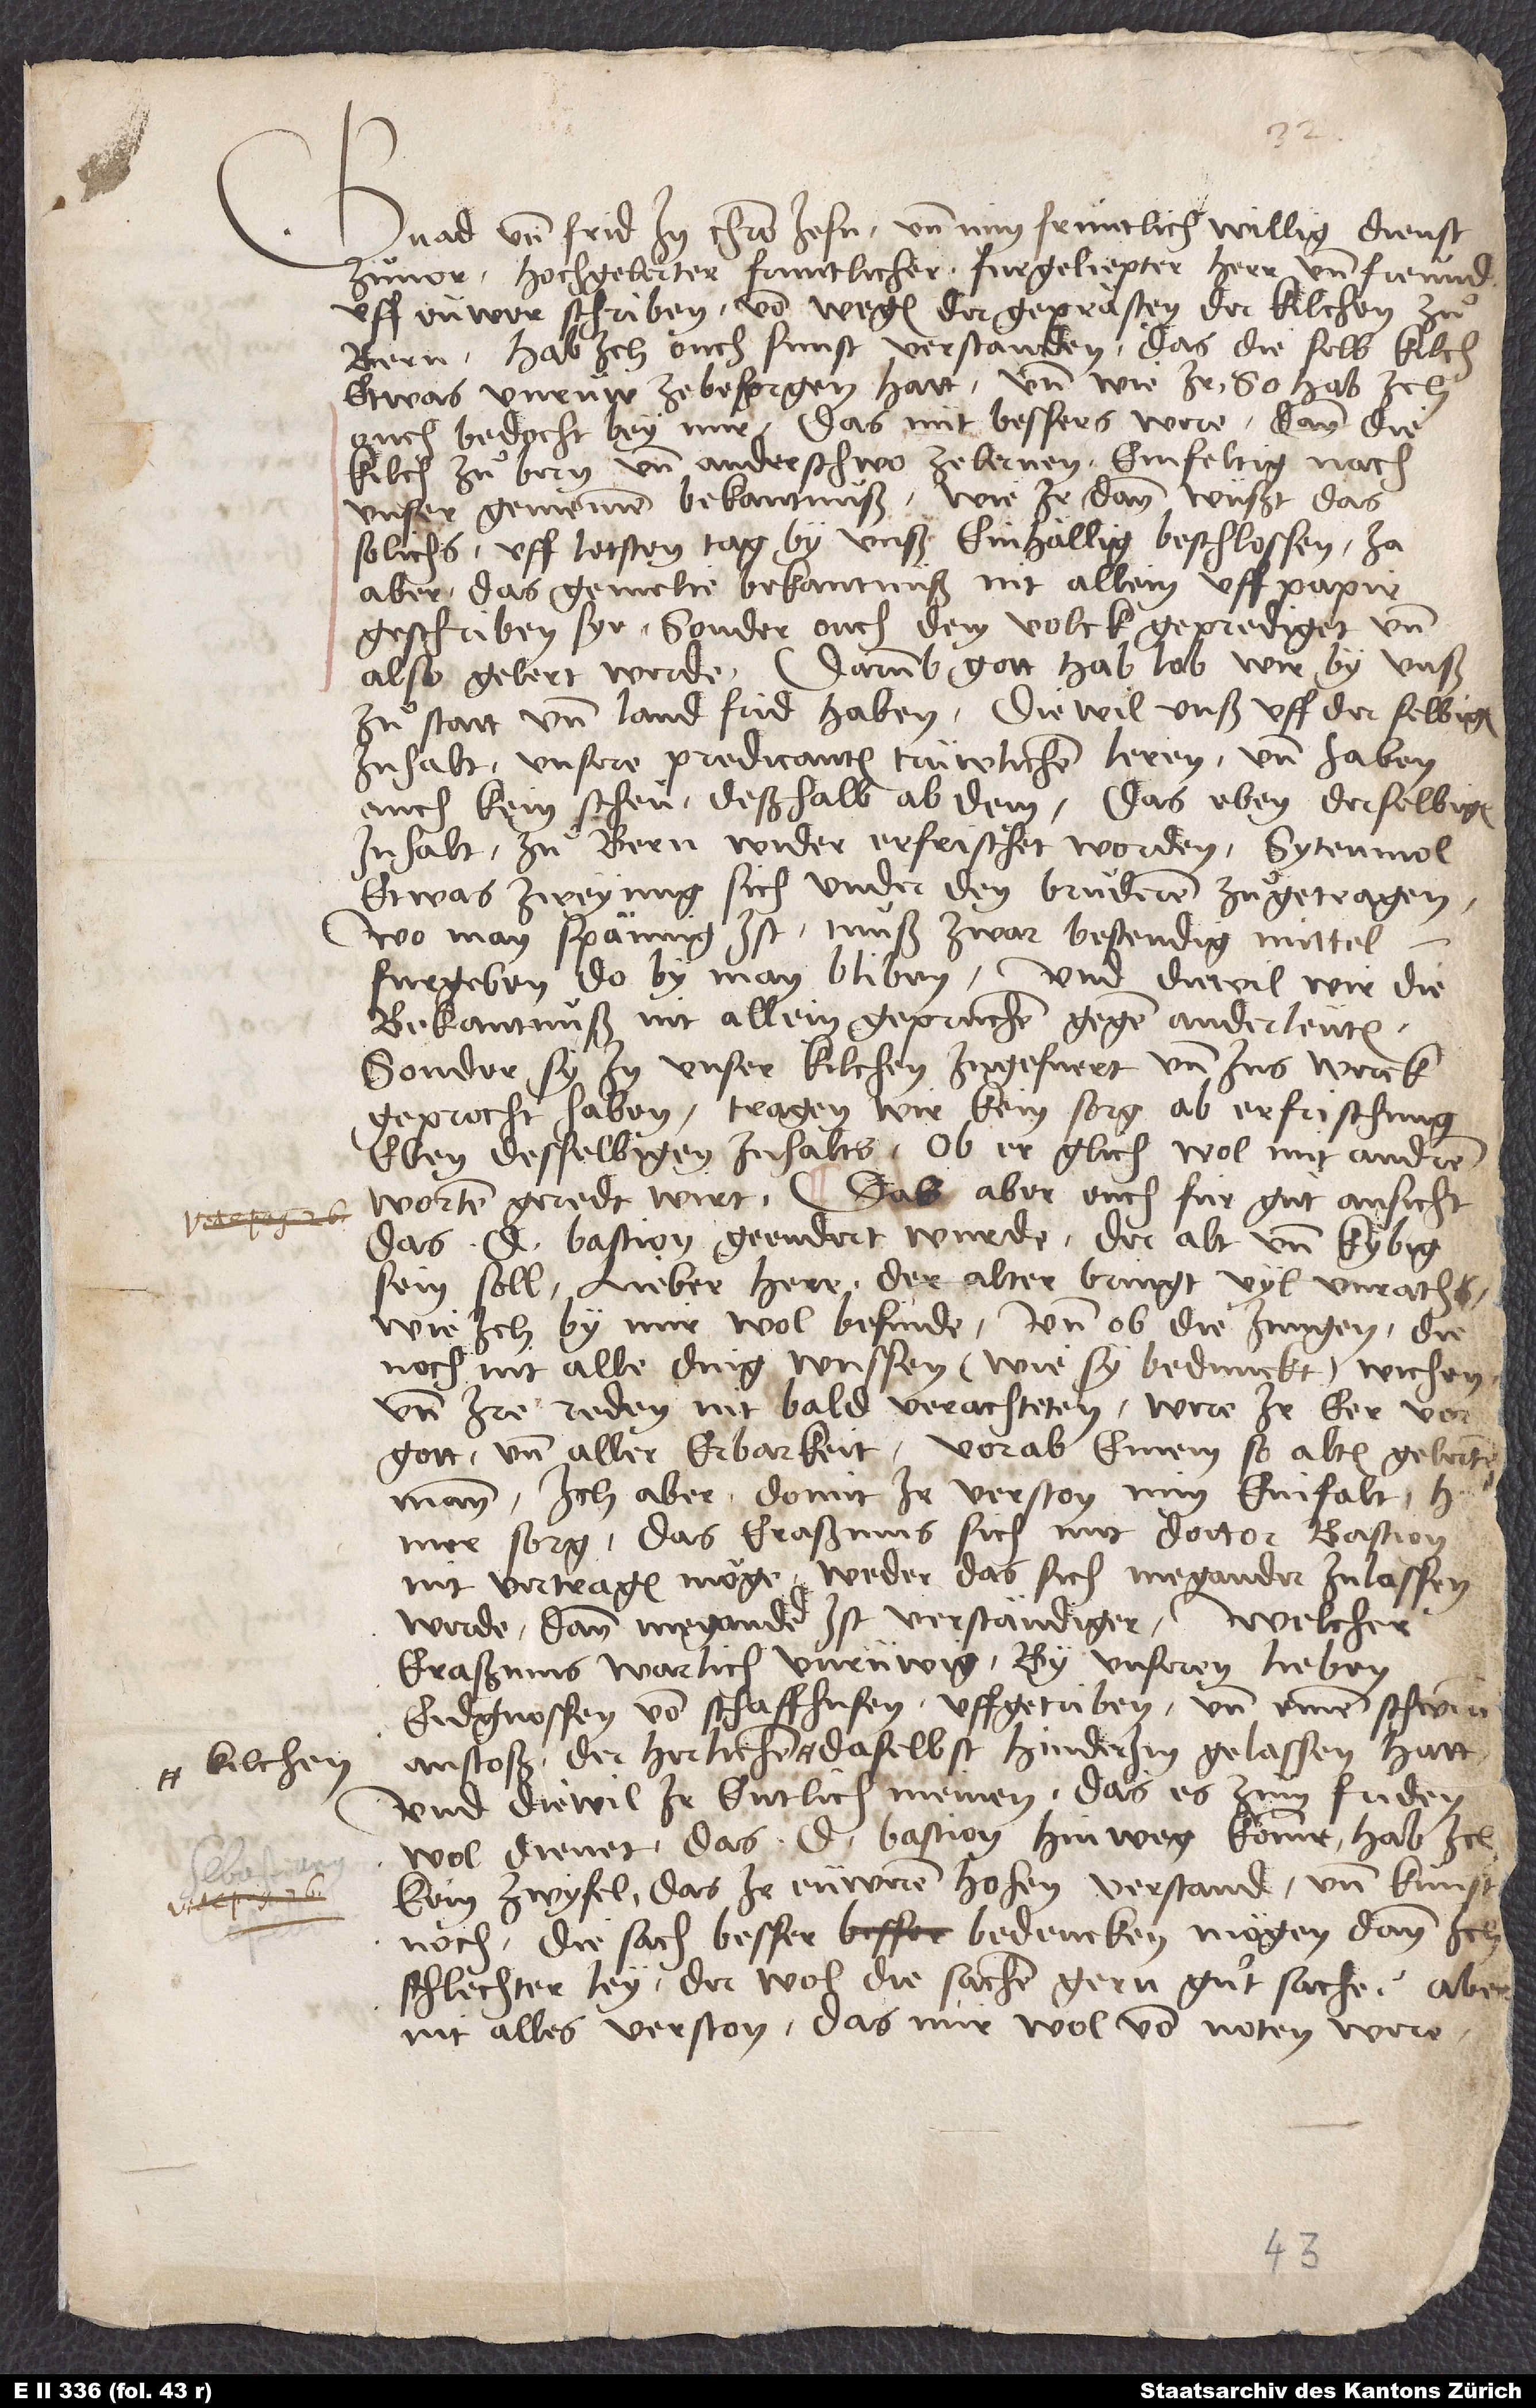
Gnad und frid in Christo Jesu und min früntlich, willig dienst
zuvor, hochgelerter, fruntlicher, furgeliepter herr und freund.
Uff eüwer schriben von wegen der geprästen der kilchen zuͦ
Bern hab ich ouch sunst verstanden, das die selb kilch
etwas unruw ze besorgen hatt, und wie ir, so hab ich
ouch bedocht bey mir, das nüt bessers were, dann die
kilch zuͦ Bern und anderschwo zelernen einfeltig nach
unser gemeinen bekantnuß, wie ir dann wüßt, das
solichs uff letsten tag by unß einhällig beschlossen, ja
aber das gemelte bekantnuß nit allein uff papir
geschriben sye, sonder ouch dem volck geprediget und
also gelert werde. Darumb, gott hab lob, wir by unß
zuͦ statt und land frid haben, diewil unß uff der selbigen
inhalt unsere predicanten trüwlichen leren, und haben
auch kein scheu deßhalb ab dem, das eben derselbigen
inhalt zuͦ Bern wider erfrischet worden, sytenmol
etwas zweiung sich under den bruͤderen zuͦgetragen.
Wo man spännig ist, muß zwar bestendig mittel
fürgeben, do by man bliben, und diewil wir die
bekantnuß nit allein gepruchen gegen anderleüten,
sonder sy in unser kilchen ingefuert und ins werck
geprocht haben, tragen wir kein sorg ab erfrischung
eben desselbigen inhalts, ob er glich wol mit andren
worten geredt wirt. Das aber euch für gut ansicht,
das doctor Bastion geendert wurde, der alt und kybig
mer sorg, das Eraßmus sich mit doctor Bastion
nit vertragen möge, weder das sich Megander inlassen
werde; dann Megander ist verständiger. Welcher
Eraßmus warlich unrüwig by unseren lieben
eidgnossen von Schaffhusen uffgetriben und einen schweren
anstoß der herlichen kilchen daselbst hinderim gelassen hatt.
Und diewil ir entlich meinen, das es zum friden
wol dienet, das doctor Bastion hinweg komme, hab ich
kein zwyfel, das ir eüwerem hohen verstand und kunst
noch die sach besser bedencken mögen dann ich
schlechter ley, der wol die sachen gern guͦt sache, aber
nit alles verston, das mir wol von noten were,